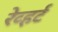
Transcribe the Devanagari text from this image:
रेव्हर्ट